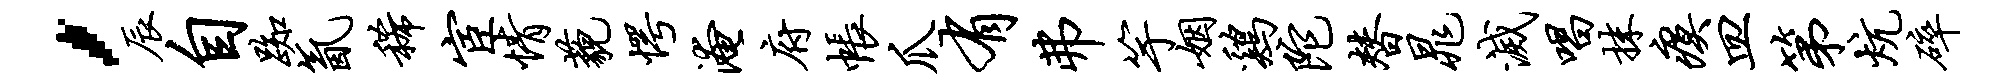
，辰自踟氤稀宦情藐愕淹府帐爪有弗竽姻鸡陀替晁灭唱抹瘼皿第炕碎